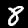
Digit: 8